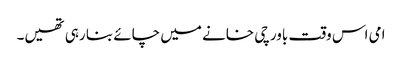
امی اس وقت باورچی خانے میں چائے بنا رہی تھیں۔